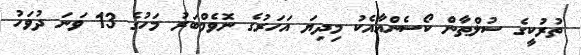
ތުރުކީގެ ސުލްޠާން ކޯސެންއާއެކު މިދިޔަ އަހަރުގެ ނޮވެމްބަރު މަހުގެ 13 ވަނަ ދުވަހު